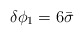
\begin{align*}\delta \phi _1=6\bar{\sigma }\end{align*}